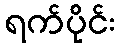
ရက်ပိုင်း